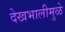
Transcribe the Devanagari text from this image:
देखभालीमुळे